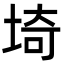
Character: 埼